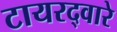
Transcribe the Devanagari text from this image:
टायरद्वारे